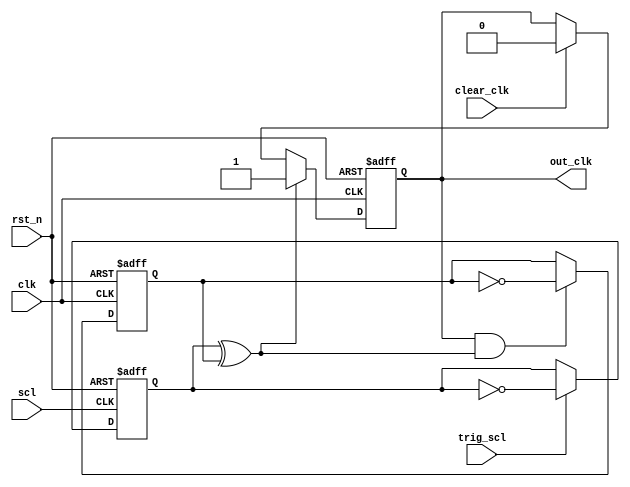
/*--------------------------------------------------------------------
  Copyright (C) 2015-2019, NXP B.V.
  All rights reserved.
  
  Redistribution and use in source and binary forms, with or without 
  modification, are permitted provided that the following conditions 
  are met:
  
  1. Redistributions of source code must retain the above copyright 
     notice, this list of conditions and the following disclaimer.
  
  2. Redistributions in binary form must reproduce the above copyright 
     notice, this list of conditions and the following disclaimer in
     the documentation and/or other materials provided with the 
     distribution.
  
  3. Neither the name of the copyright holder nor the names of its 
     contributors may be used to endorse or promote products derived 
     from this HDL software without specific prior written permission.
  
  THIS (HDL) SOFTWARE IS PROVIDED BY THE COPYRIGHT HOLDERS AND
  CONTRIBUTORS "AS IS" AND ANY EXPRESS OR IMPLIED WARRANTIES, 
  INCLUDING, BUT NOT LIMITED TO, THE IMPLIED WARRANTIES OF 
  MERCHANTABILITY AND FITNESS FOR A PARTICULAR PURPOSE ARE 
  DISCLAIMED. IN NO EVENT SHALL THE COPYRIGHT HOLDER OR 
  CONTRIBUTORS BE LIABLE FOR ANY DIRECT, INDIRECT, INCIDENTAL, 
  SPECIAL, EXEMPLARY, OR CONSEQUENTIAL DAMAGES (INCLUDING, BUT 
  NOT LIMITED TO, PROCUREMENT OF SUBSTITUTE GOODS OR SERVICES; 
  LOSS OF USE, DATA, OR PROFITS; OR BUSINESS INTERRUPTION) 
  HOWEVER CAUSED AND ON ANY THEORY OF LIABILITY, WHETHER IN 
  CONTRACT, STRICT LIABILITY, OR TORT (INCLUDING NEGLIGENCE OR 
  OTHERWISE) ARISING IN ANY WAY OUT OF THE USE OF THIS SOFTWARE, 
  EVEN IF ADVISED OF THE POSSIBILITY OF SUCH DAMAGE.

  NOTE: No license under any third-party patent is granted or implied. 
        It is the responsibility of the licensee to obtain any required 
        third-party patent licenses.

  Note on terms used above:
  1. Software and HDL software are used interchangeably.
  2. Binary includes FPGA, simulation, and physical forms such 
     as Silicon chips.
  3. Clause 2 allows for such notice on a Web page or other 
     electronic form not part of a distribution.
  The original BSD source is available from:
    https://github.com/NXP/i3c-slave-design
  -------------------------------------------------------------------- */

//
//  ----------------------------------------------------------------------------
//                    Design Information
//  ----------------------------------------------------------------------------
//  Organisation    : MCO
//  Tag             : 1.1.11.a.0.1
//  Revision        : $Revision: 1.61 $
//
//  IP Name         : SYNC_ modules for general use
//  Description     : Clock crossing support for Slave
//    This contains support for cross-clock-domain (CDC) synchronization
//    of type 2-phase and other, covering pulses and levels. Used for 
//    SCL to (system) CLK and CLK to SCL. Used for single nets, handshakes,
//    FIFOs, etc. 
//    Note use of 2-phase handshakes due to SCL stopping suddenly.
//
//  ----------------------------------------------------------------------------
//                    Revision History
//  ----------------------------------------------------------------------------
//
//
//  ----------------------------------------------------------------------------
//                    Implementation details
//  ----------------------------------------------------------------------------
//  See the micro-arch spec and MIPI I3C spec
//
//    This suppports the Clock Domain Crossing using named blocks
//    so Spyglass (or equiv) can be told that the sync is here.
//    For most modern process, the single flop model is fine, although
//    the flop type may need to be changed by constraint for older
//    process (e.g. a sync flop, which has a "gravity" to settle
//    faster). 
//    1 flop is fine in normal cases because the Q out metastable
//    noise will be short enough in time for the paths used at the 
//    lower speeds. That is, there is ~40ns minimum to both settle
//    and arrive settled at the other end. 
//  ----------------------------------------------------------------------------

// Note naming: SYNC_= synchronizing, 2PH_=2-phase, S2P_=SCL to CLK, STATE=state with clr in
//              LVL_=level vs. pulse input, LVLH_=level high
// Other naming: ASet=async set, local clear, AClr=local set, async clear
//               Seq2=2 flop sequencer to ensure we get 1 pulse in local domain
module SYNC_2PH_S2C_STATE( 
  input             rst_n,
  input             scl,
  input             clk,
  input             trig_scl,   // trigger input from SCL domain
  output            out_clk,    // output state in CLK domain
  input             clear_clk   // input clear from CLK domain
  );

  reg               scl_hshake;
  reg               clk_state;
  reg               clk_ack;

  // NOTE: this can be a bit confusing. The scl_  to clk_
  //       is 2-phase. The scl_hshake changes on the trigger.
  //       The clk_state changes on hshake^ack==1 for the 
  //       purpose of the use in the CLK domain. The clk_ack
  //       only changes when the clk_state has, so that we
  //       do not miss it and yet we do not expose metastable
  //       logic (hshake^ack) outside.
  //       We use 2-phase because SCL is not free running and
  //       may stop. So, CLK does all of the work.
  //       Note that state based ones are only cleared by
  //       explit request; so more changes may happen before
  //       cleared and that is OK.

  always @ (posedge scl or negedge rst_n)
    if (!rst_n)
      scl_hshake <= 1'b0;
    else if (trig_scl)                  // trigger pulse (1 clock in scl)
      scl_hshake <= ~scl_hshake;        // flips state

  always @ (posedge clk or negedge rst_n)
    if (!rst_n)
      clk_state  <= 1'b0;
    else if (scl_hshake ^ clk_ack)      // CDC
      clk_state  <= 1'b1;               // sets on diff
    else if (clear_clk)
      clk_state  <= 1'b0;               // clears on explicit clear
  assign out_clk = clk_state;

  // ACK only chnages after state does and if still diff
  always @ (posedge clk or negedge rst_n)
    if (!rst_n)
      clk_ack    <= 1'b0;
    else if (clk_state & (scl_hshake^clk_ack)) // change on state - CDC
      clk_ack    <= ~clk_ack; 

endmodule 

module SYNC_2PH_LVL_S2C_STATE(
  input             rst_n,
  input             scl,
  input             clk,
  input             trig_scl,   // trigger level from SCL domain
  output            out_clk,    // output state in CLK domain
  input             clear_clk   // input clear from CLK domain
  );

  reg               clk_state;
  reg               clk_ack;

  // see SYNC_2PH_S2C_STATE for details. Only difference is
  // level held does not need scl_hshake since level (and 
  // if level too short for clk, then not registered). If
  // we want to make sure seen, then need independent bit
  // FUTURE: look at that for cases of stopped CLK

  always @ (posedge clk or negedge rst_n)
    if (!rst_n)
      clk_state   <= 1'b0;
    else if (trig_scl ^ clk_ack) // level change - CDC
      clk_state   <= 1'b1; 
    else if (clear_clk)
      clk_state   <= 1'b0; 
  assign out_clk = clk_state;

  always @ (posedge clk or negedge rst_n)
    if (!rst_n)
      clk_ack     <= 1'b0;
    else if (clk_state &
            (trig_scl ^ clk_ack)) // still diff - CDC
      clk_ack     <= ~clk_ack; 

endmodule

module SYNC_2PH_LVLH_S2C_STATE(
  input             rst_n,
  input             scl,
  input             clk,
  input             trig_scl,   // trigger level from SCL domain
  output            out_clk,    // output state in CLK domain
  input             clear_clk   // input clear from CLK domain
  );

  reg               clk_state;
  reg         [1:0] clk_ack;

  // see SYNC_2PH_S2C_STATE for details. 
  // Level High is a bit tricky. Clk_state only
  // goes high if level becomes High (edge if you
  // will). So, we need to remember what state it
  // was in so we only catch the edge. But, because
  // this across the clock domain, we cannot just
  // compare with the SCL level, since we may see 
  // it sooner or later and so miss the edge.
  // So we use an extra flop
  always @ (posedge clk or negedge rst_n)
    if (!rst_n)
      clk_ack     <= 2'b00;
    else if (clk_ack[0] ^ trig_scl)
      clk_ack[0]  <= ~clk_ack[0];       // CDC
    else if (^clk_ack)
      clk_ack[1]  <= ~clk_ack[1];       // 1 cycle behind

  always @ (posedge clk or negedge rst_n)
    if (!rst_n)
      clk_state   <= 1'b0;
    else if (^clk_ack & ~clk_ack[1])
      clk_state   <= 1'b1; 
    else if (clear_clk)
      clk_state   <= 1'b0; 
  assign out_clk = clk_state;

endmodule

// Next is set async and clear local
module SYNC_Pulse_S2C(
  input SCL,
  input CLK,
  input RSTn,
  input local_set,
  output o_pulse);

  // 4 phase handshake, but pulse out
  reg  svalue, cvalue, cpulse;
  always @ (posedge SCL or negedge RSTn)
    if (!RSTn)
      svalue <= 1'b0;
    else if (local_set)
      svalue <= 1'b1;
    else if (cvalue) // CDC
      svalue <= 1'b0;

  always @ (posedge CLK or negedge RSTn)
    if (!RSTn)
      cvalue <= 1'b0;
    else if (svalue) // CDC
      cvalue <= 1'b1;
    else 
      cvalue <= 1'b0;
  always @ (posedge CLK or negedge RSTn)
    if (!RSTn)
      cpulse <= 1'b0;
    else if (cvalue)
      cpulse <= 1'b1;
    else
      cpulse <= 1'b0;
  assign o_pulse = cvalue & ~cpulse;

endmodule


// Next is set async and clear local, with sequence for 1 pulse out
module SYNC_ASet_Seq2(
  input CLK,
  input RSTn,
  input async_set,
  input local_clear, 
  output o_pulse);

  reg  value, seq;
  always @ (posedge CLK or negedge RSTn)
    if (!RSTn)
      value <= 1'b0;
    else if (async_set) // CDC
      value <= 1'b1;
    else if (local_clear) 
      value <= 1'b0;
  always @ (posedge CLK or negedge RSTn)
    if (!RSTn)
      seq <= 1'b0;
    else if (seq ^ value)
      seq <= ~seq;
  // below pulses for 1 clock high, else is low
  assign o_pulse = value & ~seq;

endmodule

// Next is set local and clear async,  with sequence for 1 pulse out
module SYNC_AClr_Seq2(
  input CLK,
  input RSTn,
  input local_set,
  input async_clear, 
  output o_pulse);

  reg  value, seq;
  always @ (posedge CLK or negedge RSTn)
    if (!RSTn)
      value <= 1'b0;
    else if (local_set) 
      value <= 1'b1;
    else if (async_clear) // CDC
      value <= 1'b0;
  always @ (posedge CLK or negedge RSTn)
    if (!RSTn)
      seq <= 1'b0;
    else if (seq ^ value)
      seq <= ~seq;
  // below pulses for 1 clock high, else is low
  assign o_pulse = value & ~seq;

endmodule

// next is straight sync from one domain to the other
// for local use - 1 flop
module SYNC_S2C #(parameter WIDTH=1) ( 
  input             rst_n,
  input             clk,
  input  [WIDTH-1:0]scl_data,
  output [WIDTH-1:0]out_clk     // output copy in CLK domain
  );

  reg  [WIDTH-1:0]  clk_copy;

  assign out_clk = clk_copy;

  // note: could use clk_copy^scl_data as test to allow ICG
  always @ (posedge clk or negedge rst_n)
    if (!rst_n)
      clk_copy <= {WIDTH{1'b0}};
    else 
      clk_copy <= scl_data;
endmodule

// next is straight sync from one domain to the other
// for local use - 1 flop
module SYNC_C2S #(parameter WIDTH=1) ( 
  input             rst_n,
  input             scl,        // could be SCL_n as well
  input  [WIDTH-1:0]clk_data,
  output [WIDTH-1:0]out_scl     // output copy in CLK domain
  );

  reg   [WIDTH-1:0] scl_copy;

  assign out_scl = scl_copy;

  // note: could use clk_copy^scl_data as test to allow ICG
  always @ (posedge scl or negedge rst_n)
    if (!rst_n)
      scl_copy <= {WIDTH{1'b0}};
    else 
      scl_copy <= clk_data;
endmodule

// Next is set local and clear async from CLK to SCL
module SYNC_AClr_C2S(
  input CLK, // system domain
  input RSTn,
  input local_set,
  input async_clear,
  output o_value);

  reg  value;                   // CLK domain
  always @ (posedge CLK or negedge RSTn)
    if (!RSTn)
      value <= 1'b0;
    else if (local_set) 
      value <= 1'b1;
    else if (async_clear) // CDC
      value <= 1'b0;
  assign o_value = value;

endmodule